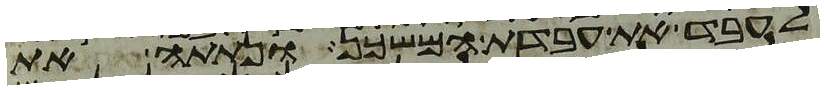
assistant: לעבד את עבדת המשכן ונתתה את